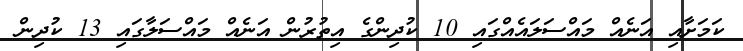
ކަމަށާއި އަނެއް މައްސަލައެއްގައި 10 ކުދިންގެ އިތުރުން އަނެއް މައްސަލާގައި 13 ކުދިން